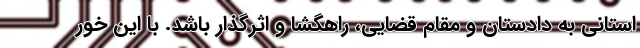
استانی به دادستان و مقام قضایی، راهگشا و اثرگذار باشد. با این خور